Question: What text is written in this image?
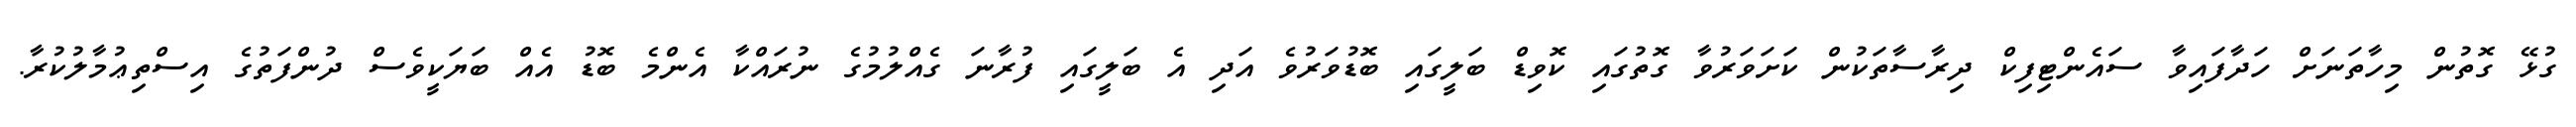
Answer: ގުޅޭ ގޮތުން މިހާތަނަށް ހަދާފައިވާ ސައެންޓިފިކް ދިރާސާތަކުން ކަށަވަރުވާ ގޮތުގައި ކޮވިޑް ބަލީގައި ބޮޑުވަރުވެ އަދި އެ ބަލީގައި ފުރާނަ ގެއްލުމުގެ ނުރައްކާ އެންމެ ބޮޑު އެއް ބަޔަކީވެސް ދުންފަތުގެ އިސްތިޢުމާލުކުރާ.